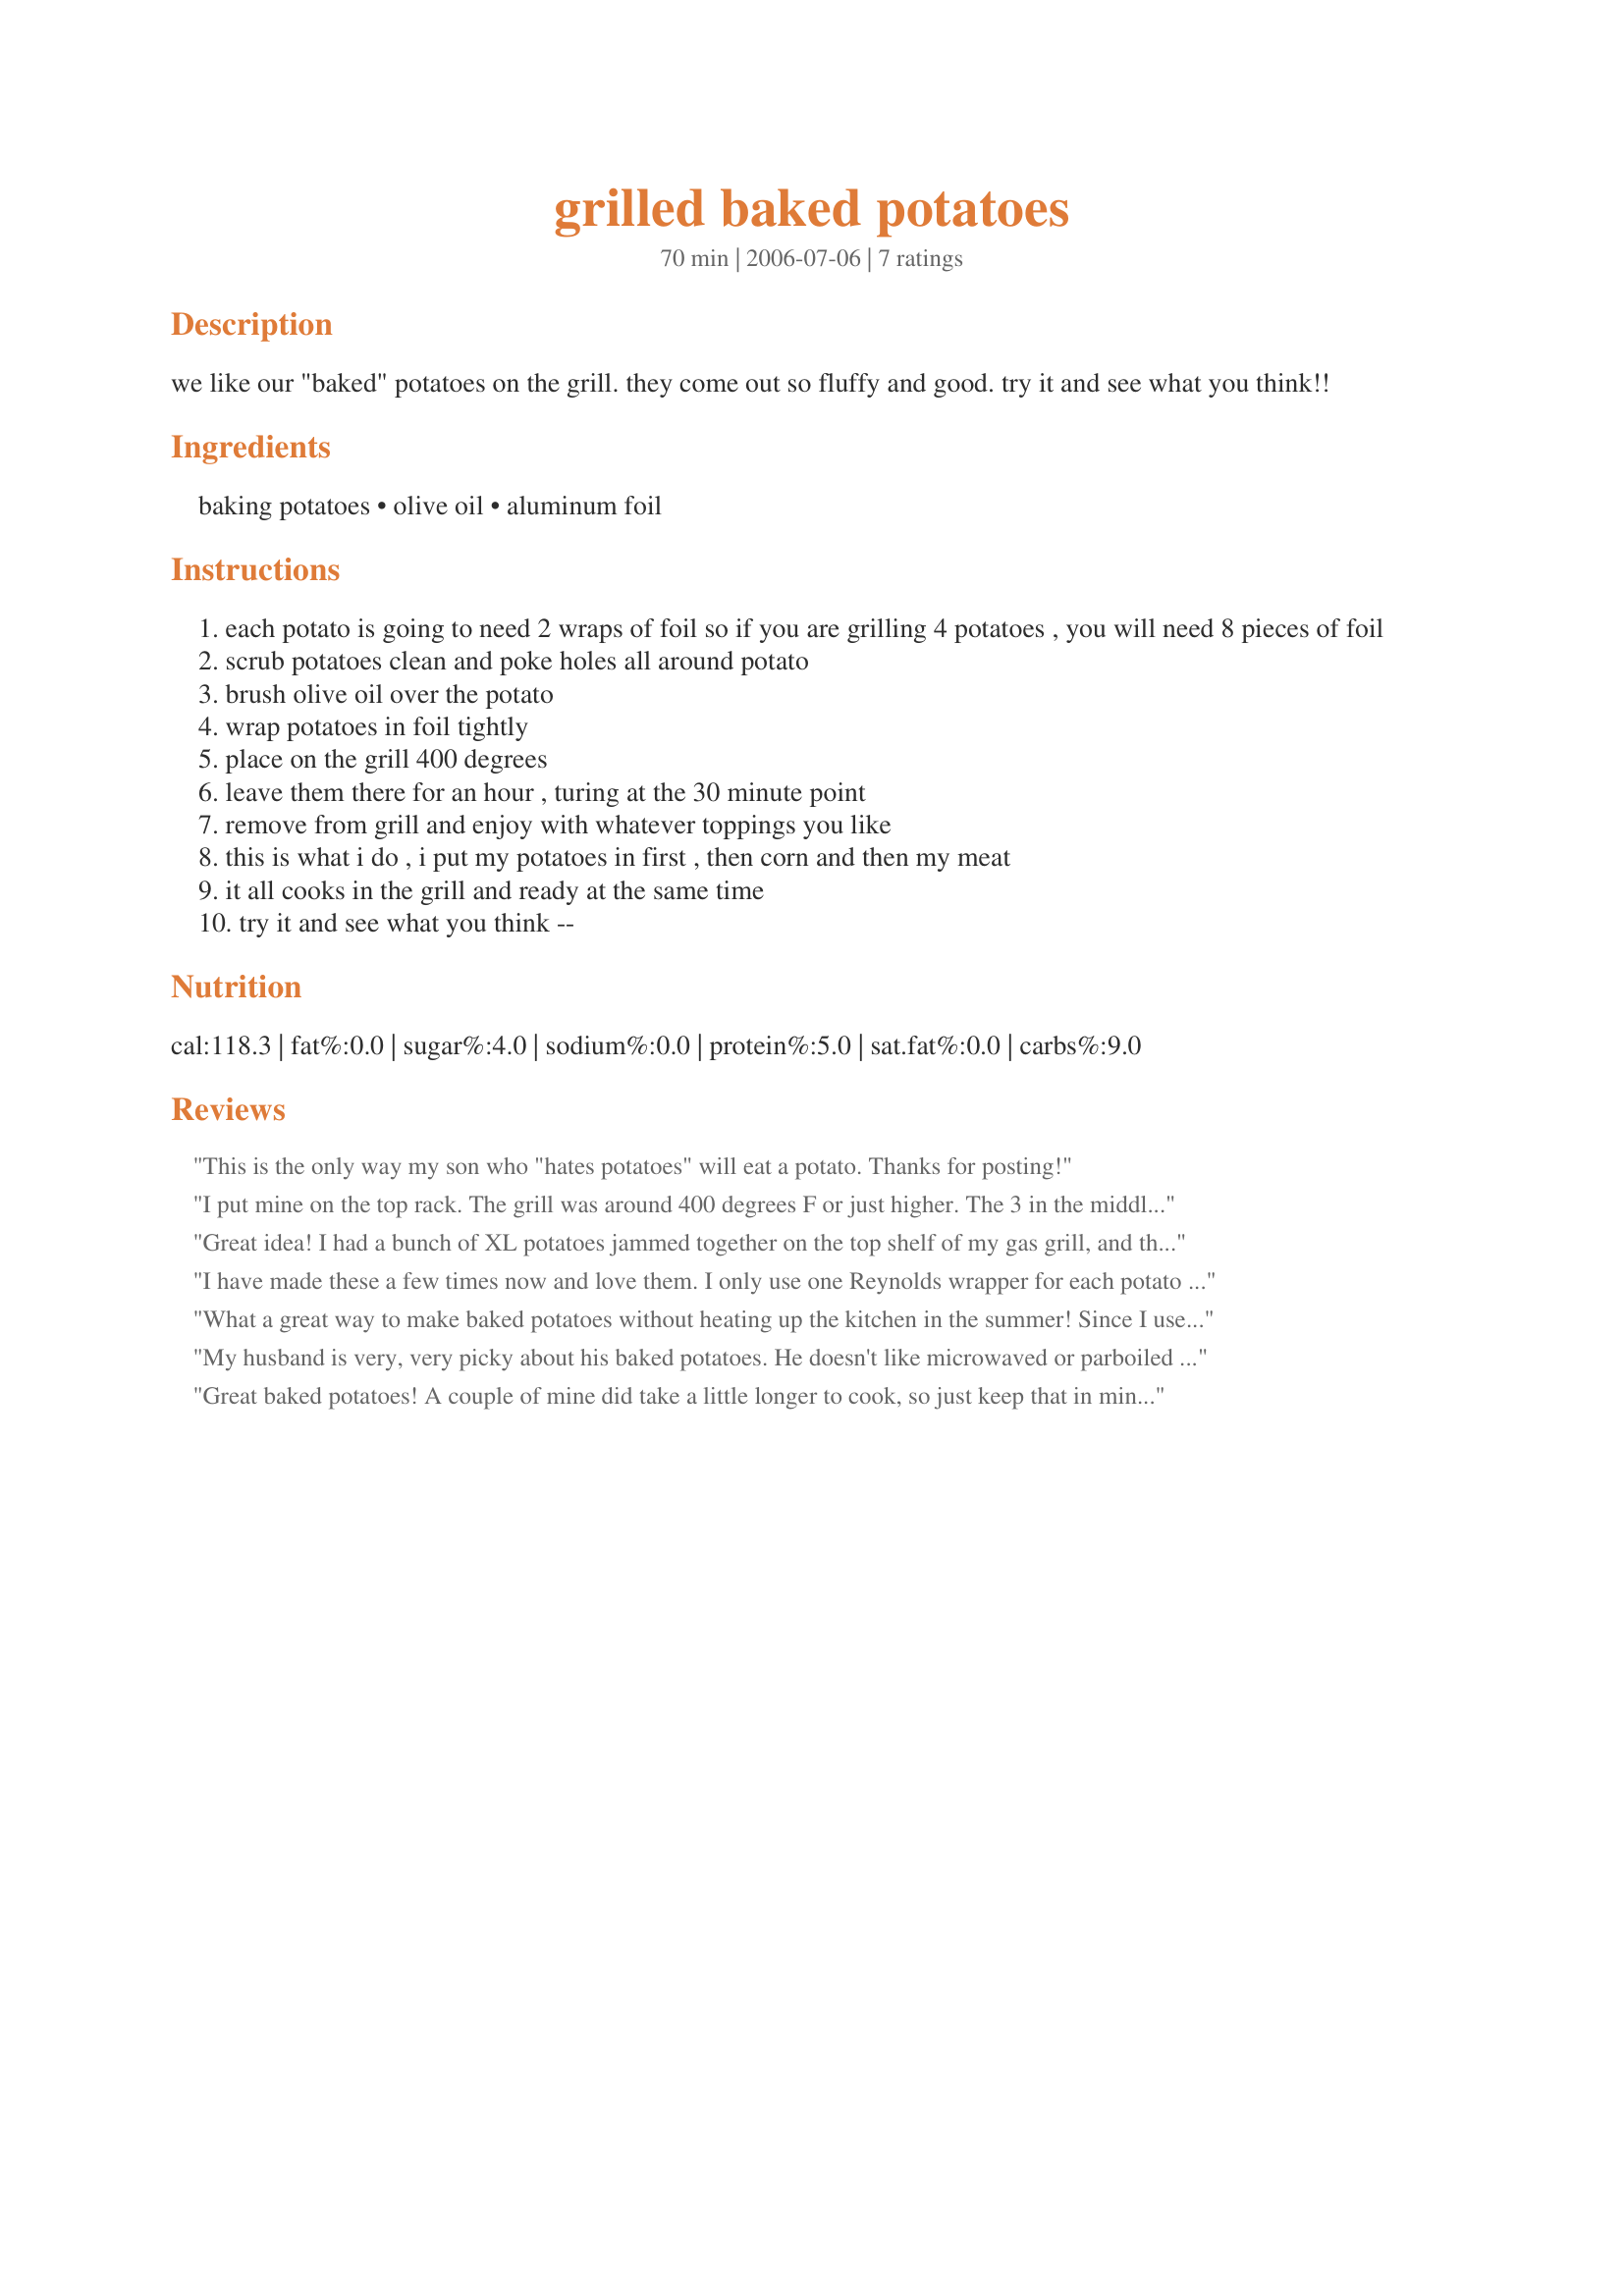
grilled baked potatoes
Preparation time: 70 minutes

we like our "baked" potatoes on the grill. they come out so fluffy and good. try it and see what you think!!

Ingredients:
baking potatoes, olive oil, aluminum foil

Steps:
each potato is going to need 2 wraps of foil so if you are grilling 4 potatoes , you will need 8 pieces of foil
scrub potatoes clean and poke holes all around potato
brush olive oil over the potato
wrap potatoes in foil tightly
place on the grill 400 degrees
leave them there for an hour , turing at the 30 minute point
remove from grill and enjoy with whatever toppings you like
this is what i do , i put my potatoes in first , then corn and then my meat
it all cooks in the grill and ready at the same time
try it and see what you think --

Reviews:
This is the only way my son who "hates potatoes" will eat a potato. Thanks for posting!
I put mine on the top rack. The grill was around 400 degrees F or just higher. The 3 in the middle were done after an hour, but the 2 (one on each end) were taking longer, so I switched their place. Yummy!
Great idea! I had a bunch of XL potatoes jammed together on the top shelf of my gas grill, and they took much longer than 1 hour to cook, even at over 400 degrees (according to the gas grill temp indicator). Delicious!
I have made these a few times now and love them. I only use one Reynolds wrapper for each potato and I don't use the olive oil. We love them!
What a great way to make baked potatoes without heating up the kitchen in the summer! Since I use charcoal and it doesn't stay really hot for an hour, I cooked my 2 potatoes for 5 minutes in the microwave and then wrapped them. I wanted to make sure they would be done. Next time I might try not precooking one just to see if that works. After brushing the potato with olive oil, I also salted them. They tasted wonderful! Thanks so much for posting!
My husband is very, very picky about his baked potatoes. He doesn't like microwaved or parboiled potatoes. When I fixed this, just as written, with only adding sea salt to the potato after the olive oil, he loved it. He said it was &quot;very, very, very good.&quot; I will definitely be making these on the grill again.
Great baked potatoes! A couple of mine did take a little longer to cook, so just keep that in mind. I sprinkled the outside of the potatoes with coarse salt after rubbing with the oil.
